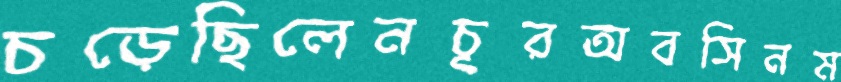
চড়েছিলেনচূরঅবসিনম